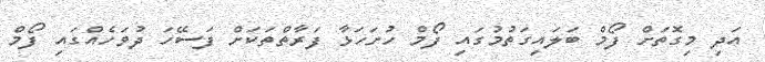
އަދި މިގޮތަށް ފޯމް ބަލައިގަތުމުގައި ފޯމް ހުށަހަޅާ ފަރާތްތަކަށް ފަސޭހަ ދުވަހެއްގައި ފޯމް